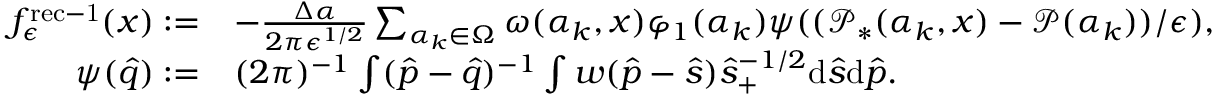
\begin{array} { r l } { f _ { \epsilon } ^ { \mathrm { r e c - 1 } } ( x ) : = } & { - \frac { \Delta \alpha } { 2 \pi \epsilon ^ { 1 / 2 } } \sum _ { \alpha _ { k } \in \Omega } \omega ( \alpha _ { k } , x ) \varphi _ { 1 } ( \alpha _ { k } ) \psi ( ( \mathcal P _ { * } ( \alpha _ { k } , x ) - \mathcal P ( \alpha _ { k } ) ) / \epsilon ) , } \\ { \psi ( \hat { q } ) : = } & { ( 2 \pi ) ^ { - 1 } \int ( \hat { p } - \hat { q } ) ^ { - 1 } \int w ( \hat { p } - \hat { s } ) \hat { s } _ { + } ^ { - 1 / 2 } \mathrm { d } \hat { s } \mathrm { d } \hat { p } . } \end{array}